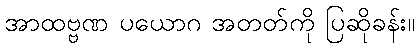
အာထဗ္ဗဏ ပယောဂ အတတ်ကို ပြဆိုခန်း။